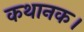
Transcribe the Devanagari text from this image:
कथानक।